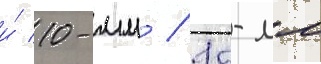
и́ 10-мм / 12-мм